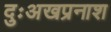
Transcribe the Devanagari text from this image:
दुःअखप्रनाश